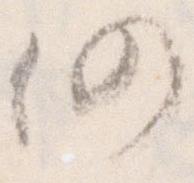
仍